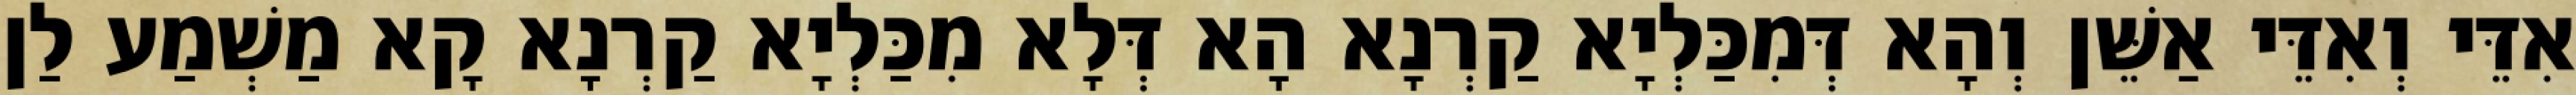
אִדֵּי וְאִדֵּי אַשֵּׁן וְהָא דְּמִכַּלְיָא קַרְנָא הָא דְּלָא מִכַּלְיָא קַרְנָא קָא מַשְׁמַע לַן